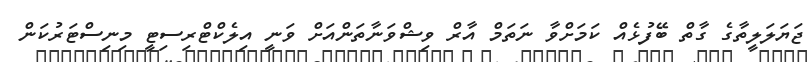
ޖަޔަލަލީތާގެ ގާތް ބޭފުޅެއް ކަމަށްވާ ނަތަމް އާރް ވިޝްވަނާތަންއަށް ވަނީ އިލެކްޓްރިސިޓީ މިނިސްޓަރުކަން